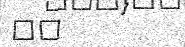
٥١